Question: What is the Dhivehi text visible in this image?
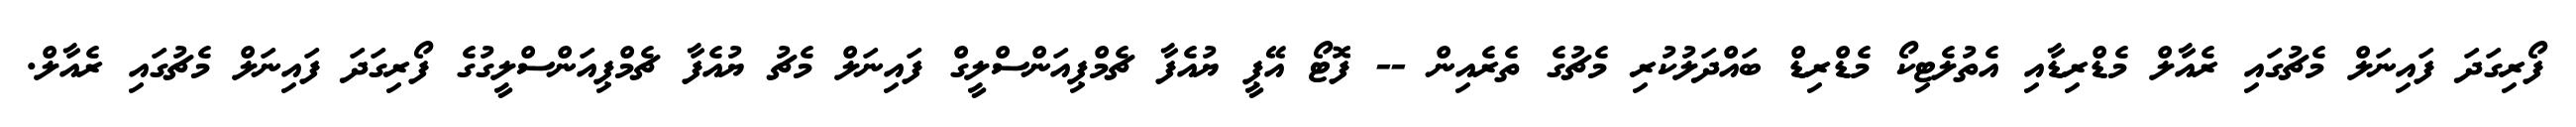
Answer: ފޯރިގަދަ ފައިނަލް މެޗުގައި ރެއާލް މެޑްރިޑާއި އެތުލެޓިކޯ މެޑްރިޑް ބައްދަލުކުރި މެޗުގެ ތެރެއިން -- ފޮޓޯ އޭޕީ ޔުއެފާ ޗެމްޕިއަންސްލީގް ފައިނަލް މެޗު ޔުއެފާ ޗެމްޕިއަންސްލީގުގެ ފޯރިގަދަ ފައިނަލް މެޗުގައި ރެއާލް.